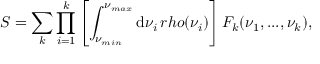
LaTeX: S = \sum _ { k } \prod _ { i = 1 } ^ { k } \left[ \int _ { \nu _ { m i n } } ^ { \nu _ { m a x } } \mathrm { d } \nu _ { i } \, r h o ( \nu _ { i } ) \right] F _ { k } ( \nu _ { 1 } , . . . , \nu _ { k } ) ,